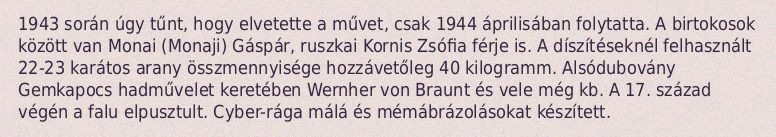
1943 során úgy tűnt, hogy elvetette a művet, csak 1944 áprilisában folytatta. A birtokosok között van Monai (Monaji) Gáspár, ruszkai Kornis Zsófia férje is. A díszítéseknél felhasznált 22-23 karátos arany összmennyisége hozzávetőleg 40 kilogramm. Alsódubovány Gemkapocs hadművelet keretében Wernher von Braunt és vele még kb. A 17. század végén a falu elpusztult. Cyber-rága málá és mémábrázolásokat készített.